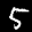
Label: 5